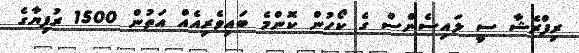
ރިފްރެޝާ ސީ ލައިސެންސް ގެ ކޯހުން ކޮންމެ ބައިވެރިއެއް އަތުން 1500 ރުފިޔާގެ